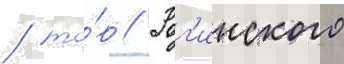
/ то́в // Рог'инского